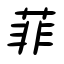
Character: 菲